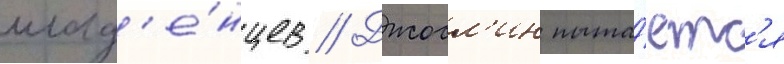
млад'е́нцев // Джосл'ин пыта́етс'я